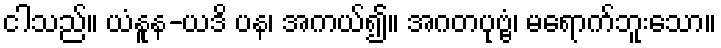
ငါသည်။ ယံနူန-ယဒိ ပန၊ အကယ်၍။ အဂတပုဗ္ဗံ၊ မရောက်ဘူးသော။